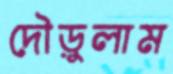
দৌড়ুলাম